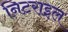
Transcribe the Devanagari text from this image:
निटराइल